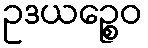
ဥဒယဉ္စေဝ